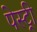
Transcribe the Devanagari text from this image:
पेस्‍ट्री